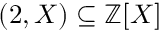
( 2 , X ) \subseteq \mathbb { Z } [ X ]